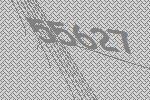
55627